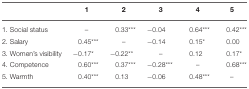
|  | 1 | 2 | 3 | 4 | 5 |
 | --- | --- | --- | --- | --- | --- |
 | 1. Social status | – | 0.33*** | −0.04 | 0.64*** | 0.42*** |
 | 2. Salary | 0.45*** | – | −0.14 | 0.15* | 0.00 |
 | 3. Women's visibility | −0.17* | −0.22** | – | 0.12 | 0.17* |
 | 4. Competence | 0.60*** | 0.37*** | −0.28*** | – | 0.68*** |
 | 5. Warmth | 0.40*** | 0.13 | −0.06 | 0.48*** | – |